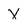
Character: X